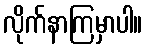
လိုက်နာကြမှာပါ။